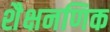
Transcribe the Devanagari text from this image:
शैक्षनणिक